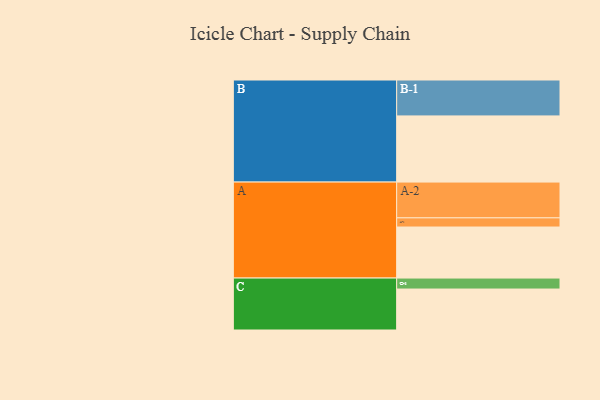
{"axis": {"x": "Segment", "y": "Value"}, "legend": ["", "A", "B", "C"], "data": [{"x": "A", "y": 395, "type": ""}, {"x": "B", "y": 512, "type": ""}, {"x": "C", "y": 317, "type": ""}, {"x": "A-1", "y": 71, "type": "A"}, {"x": "A-2", "y": 277, "type": "A"}, {"x": "B-1", "y": 278, "type": "B"}, {"x": "C-1", "y": 85, "type": "C"}]}